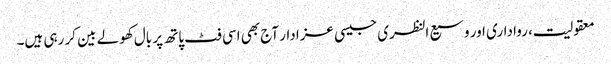
معقولیت، رواداری اور وسیع النظری جیسی عزا دار آج بھی اسی فٹ پاتھ پر بال کھولے بین کر رہی ہیں۔